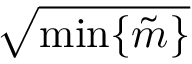
\sqrt { \operatorname* { m i n } \lbrace \Tilde { m } \rbrace }